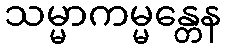
သမ္မာကမ္မန္တေန